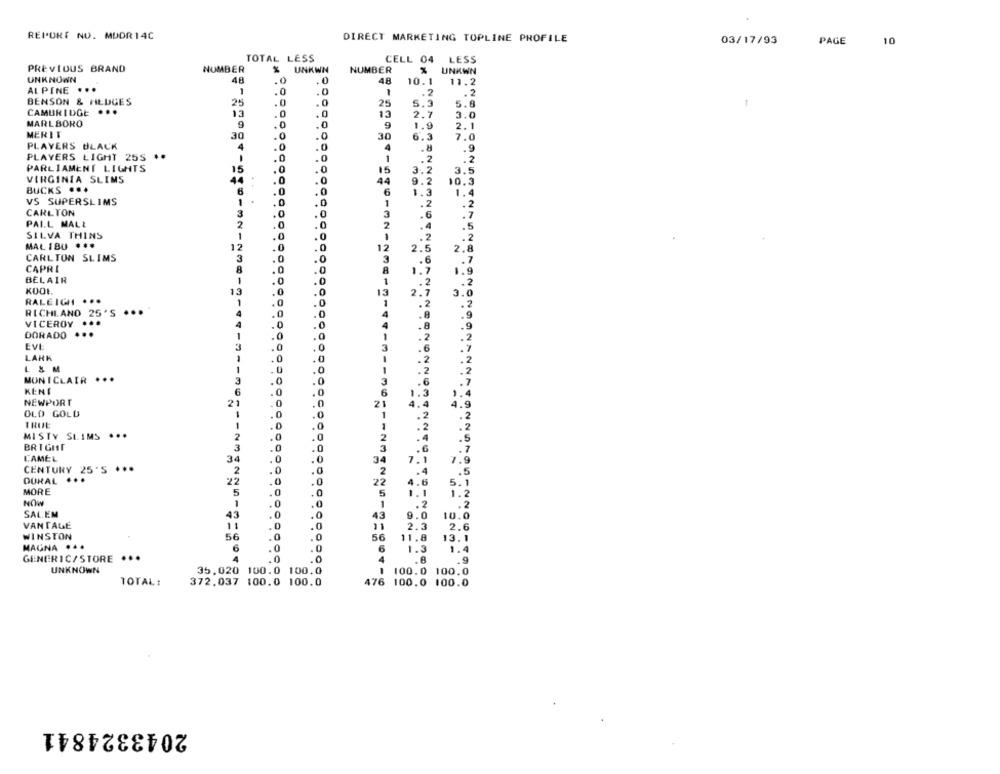
REPORT NO. MUDR14C
DIRECT MARKETING TOPLINE PROFILE
03/17/93
PAGE
10
TOTAL LESS
CELL 04 LESS
PREVIOUS BRAND
NUMBER
UNKWN
NUMBER
UNKWN
UNKNOWN
48
.0
48
10.1
11.2
ALPINE .
1
.0
1
.2
.. 2
BENSON & HEDGES
25
. 0
25
5.3
5.8
1
CAMBRIDGE ...
13
.0
. 0
13
2.7
3.0
MARLBORO
9
9
1.9
2.1
MERII
30
.0
30
6.3
7.0
PLAYERS BLACK
4
.8
.9
4
PLAYERS LIGHT 25S
.0
1
.2
.2
PARLIAMENT LIGHTS
15
.0
15
3.2
3.5
14
.0
VIRGINIA SLIMS
44
9.2
10.3
BUCKS ...
6
6
1.3
1.4
VS SUPERSLIMS
1
.0
2
CARLTON
.0
.0
PALL MALL
SILVA THINS
MAL 1BU ***
12
CARLTON SLIMS
3
CAPRI
BELAIR
KOOL.
13
RALEIGH ..
RICHLAND 25'S ...
VICEROY
DORADO
EVE
LARK
L & M
MUNICLAIR ...
3
KENI
6
NEWPORT
21
21
OLD GOLD
TRUE
MISTY SLIMS ...
2
. 4
.5
BRIGHT
3
.0
3
.6
.7
CAMEL
34
34
7.1
7.9
CENTURY 25'S ***
2
0
2
.4
.5
DURAL ...
22
4.6
22
5.1
MORE
5
5
1.1
1.2
NOW
.0
1
.2
.2
SAL.EM
43
0
.0
43
10.0
VAN TAGE
11
.
11
2.3
WINSTON
56
.0
.0
56
11.8
13.1
MAGNA .
6
0
.0
6
1.3
1.4
GENERIC/STORE
...
4
.8
.9
UNKNOWN
35.020 100.0 100.0
100.0
TOTAL:
372.037 100.0 100.0
2043324841